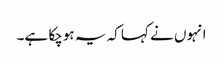
انہوں نے کہا کہ یہ ہوچکا ہے۔